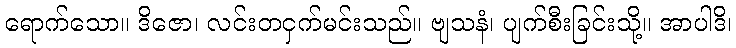
ရောက်သော။ ဒိဇော၊ လင်းတငှက်မင်းသည်။ ဗျသနံ၊ ပျက်စီးခြင်းသို့။ အာပါဒိ၊